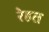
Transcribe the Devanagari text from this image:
रेहत